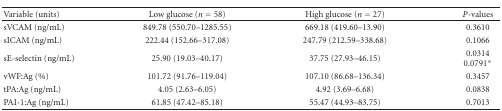
| Variable (units) | Low glucose (n = 58) | High glucose (n = 27) | P-values |
 | --- | --- | --- | --- |
 | sVCAM (ng/mL) | 849.78 (550.70–1285.55) | 669.18 (419.60–13.90) | 0.3610 |
 | sICAM (ng/mL) | 222.44 (152.66–317.08) | 247.79 (212.59–338.68) | 0.1066 |
 | sE-selectin (ng/mL) | 25.90 (19.03–40.17) | 37.75 (27.93–46.15) | 0.0314 0.0791* |
 | vWF:Ag (%) | 101.72 (91.76–119.04) | 107.10 (86.68–136.34) | 0.3457 |
 | tPA:Ag (ng/mL) | 4.05 (2.63–6.05) | 4.92 (3.69–6.68) | 0.0838 |
 | PAI-1:Ag (ng/mL) | 61.85 (47.42–85.18) | 55.47 (44.93–83.75) | 0.7013 |